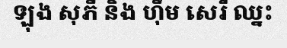
ឡុង សុភី និង ហ៊ឹម សេរី ឈ្នះ